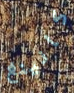
كانينغ